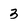
Character: 3